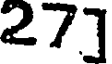
27]